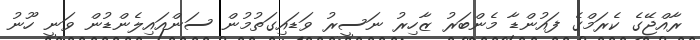
ރާއްޖޭގެ ކެރަމްގެ ފައުންޑާ މެންބަރު ޒާހިރު ނަސީރު ވަޑައިގަތުމުން ސަންއައިލެންޑުން ވަނީ ހޫނު